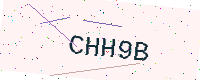
Text: CHH9B